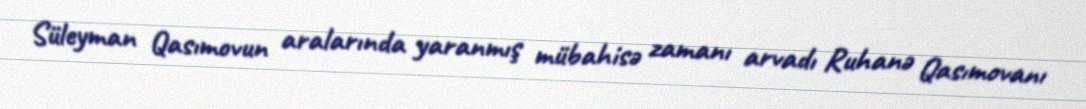
Süleyman Qasımovun aralarında yaranmış mübahisə zamanı arvadı Ruhanə Qasımovanı